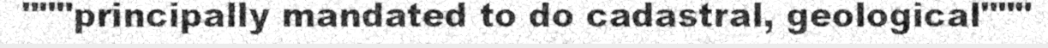
"""principally mandated to do cadastral, geological"""